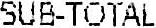
SUB-TOTAL